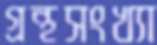
গ্রন্থসংখ্যা